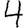
Digit: 4